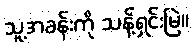
သူ့အခန်းကို သန့်ရှင်းမြဲ။